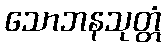
သောဘနသုတ္တံ